Leaving Certificate Examination, 1902
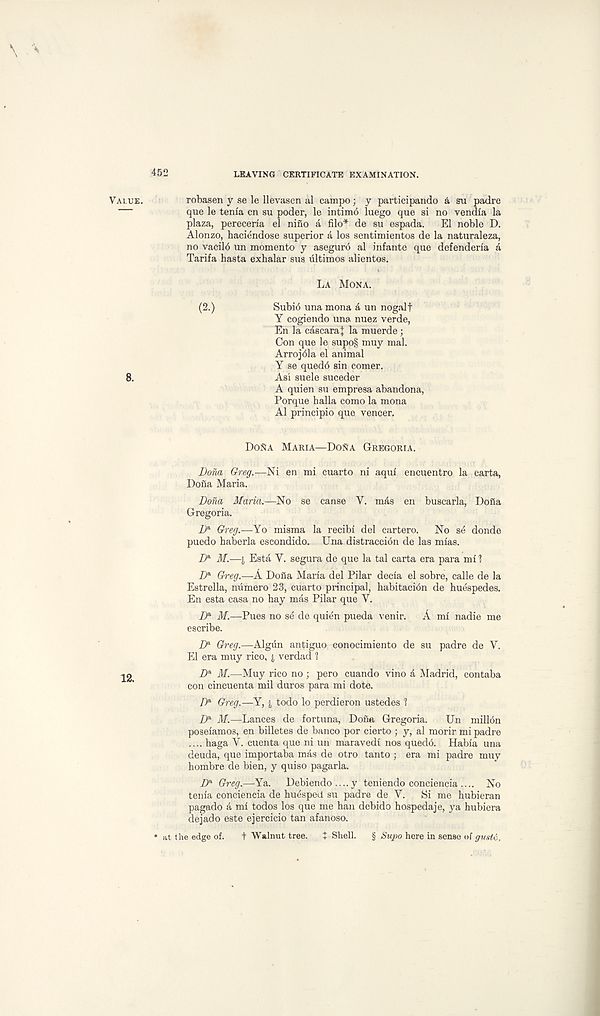
452
LEAVING CERTIFICATE EXAMINATION.
Value.
robasen y se le llevasen al campo; y participando a su padre
que le tenia cn su poder, le intim6 luego que si no vendia la
plaza, pereceria el nino a filo* de su espada. El noble D.
Alonzo, baciendose superior a los sentimientos de la naturaleza,
no vacilb un momento y aseguro al infante que defenderia a
Tarifa hasta exhalar sus ultimos alientos.
La Mona.
(2.)
Subib una mona a un nogalf
Y cogiendo una nuez verde,
En la cascaraj la muerde;
Con que le supo§ muy mal.
Arrojbla el animal
Y se quedb sin comer.
8.
Asi suele suceder
A quien su empresa abandona,
Porque halla como la mona
Al principle que veneer.
Dona Maria—DoNa Gregoria.
Dona Greg.—Ni en mi cuarto ni aqui encuentro la carta,
Dofta Maria.
Dona Maria.—No se canse Y. mbs en buscarla, Dofia
Gregoria.
D & Greg.—Yo misma la recibi del cartero. No se donde
puedo haberla escondido. Una distraccion de las mias.
D a M.—i Esta Y. segura de que la tal carta era para mi 1
D" Greg.—A Dofla Maria del Pilar decia el sobre, calle de la
Estrella, mimero 23, cuarto principal, habitacibn de buespedes.
En esta casa no bay mas Pilar que Y.
Z) a M.—Pues no se de quien pueda venir. A mi nadie me
escribe.
IP Greg.—Algun antiguo conocimiento de su padre de Y.
El era muy rico, j , verdad l
D & M.—Muy rico no ; pero cuando vino a Madrid, contaba
con cincuenta mil duros para mi dote.
IP Greg.—Y, j todo lo perdieron ustedes 1
IP M.—Lances de fortuna, Dona Gregoria. Un mill bn
poseiamos, en billetes de banco por cierto ; y, al morir mi padre
.... baga Y. cuenta que ni un maravedi nos quedb. Habia una
deuda, que importaba mas de otro tanto ; era mi padre muy
hombre de bien, y quiso pagarla.
D & Greg.—Ya. Debiendo .... y teniendo conciencia .... No
tenia conciencia de huesped su padre de Y. Si me hubieran
pagado a mi todos los que me ban debido hospedaje, ya hubiera
dejado este ejercicio tan afanoso.
* at the edge of. t Walnut tree. t Shell. § Supo here in sense of gusto.